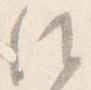
候